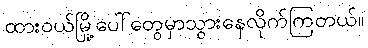
ထားဝယ်မြို့ပေါ်တွေမှာသွားနေလိုက်ကြတယ်။